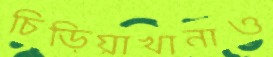
চিড়িয়াখানাও